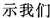
示我们